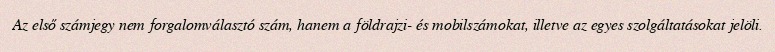
Az első számjegy nem forgalomválasztó szám, hanem a földrajzi- és mobilszámokat, illetve az egyes szolgáltatásokat jelöli.